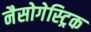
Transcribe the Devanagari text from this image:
नैसोगेस्ट्रिक